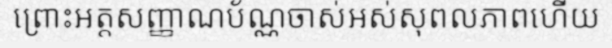
ព្រោះអត្តសញ្ញាណប័ណ្ណចាស់អស់សុពលភាពហើយ